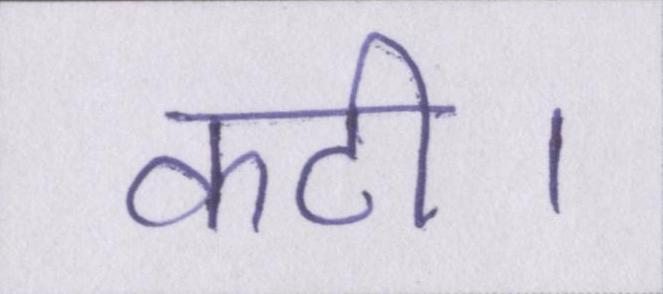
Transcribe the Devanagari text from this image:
कटी।